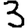
Digit: 3